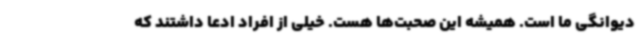
دیوانگی ما است. همیشه این صحبت‌ها هست. خیلی از افراد ادعا داشتند که